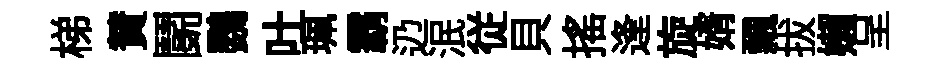
梯賛鬬鸚吐珮霸辸泯従貝揺逢旋婿飄拔嬾呈